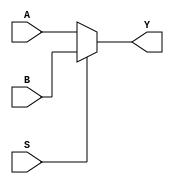
module two_one_mux(Y, A, B, S); // define the module
    output reg Y; // declare the output as reg because 
                  // of the always block
    input wire A, B, S; // input wires
    
    always @(A or B or S)
        begin // block
            if (S == 1'b0) // comparison, use 2 equals
                Y = A; // drive Y with A
            else // otherwise S == b1
                Y = B; // drive Y with B
        end // end the block
endmodule